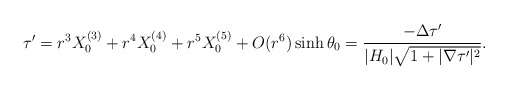
\begin{align*} \tau' = r^3 X_0^{(3)} + r^4 X_0^{(4)} +r^5 X_0^{(5)} +O(r^6) \sinh \theta _0= \frac{- \Delta \tau'}{|H_0| \sqrt{1+|\nabla\tau'|^2}}.\end{align*}